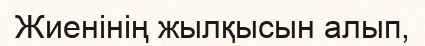
Жиенінің жылқысын алып,